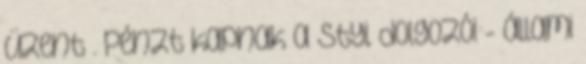
üzent . Pénzt kapnak a Styl dolgozói - állami